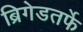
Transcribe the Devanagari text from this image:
ब्रिगेडतर्फे